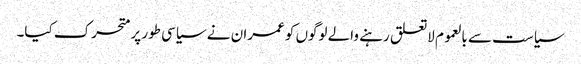
سیاست سے بالعموم لاتعلق رہنے والے لوگوں کو عمران نے سیاسی طور پر متحرک کیا۔